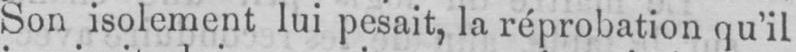
Son isolement lui pesait, la réprobation qu’il